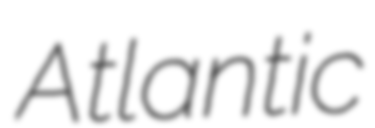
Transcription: Atlantic